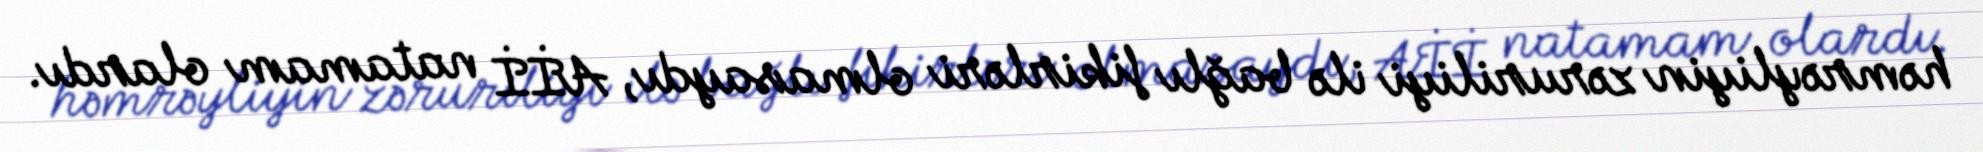
həmrəyliyin zəruriliyi ilə bağlı fikirləri olmasaydı, Aİİ natamam olardı.